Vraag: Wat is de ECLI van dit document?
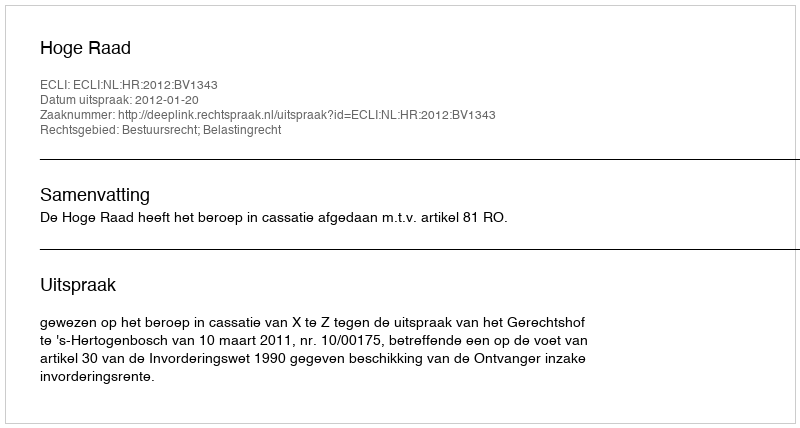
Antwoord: ECLI:NL:HR:2012:BV1343